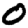
Digit: 0